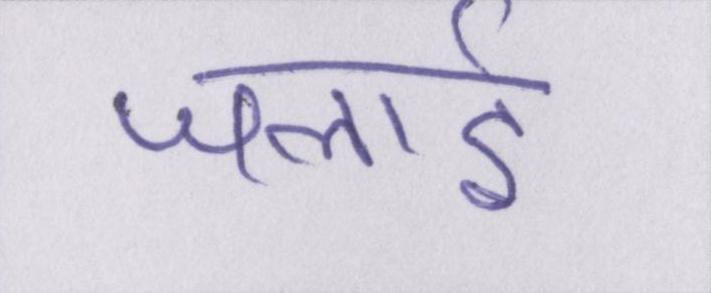
जलाई